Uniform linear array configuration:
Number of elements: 24
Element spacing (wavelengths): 0.75
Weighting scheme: blackman
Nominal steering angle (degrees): -45
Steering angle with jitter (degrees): -46.523
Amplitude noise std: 0.05
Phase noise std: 0.05

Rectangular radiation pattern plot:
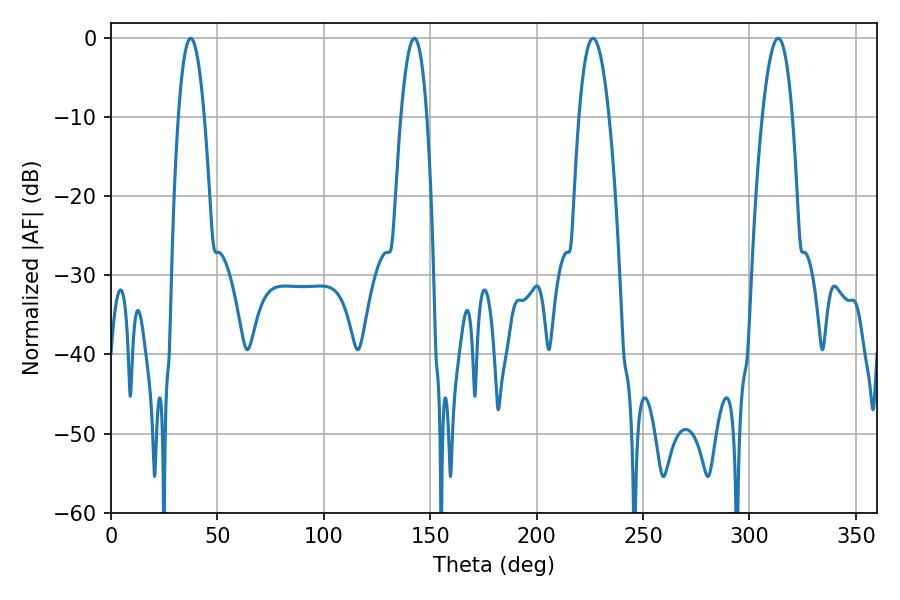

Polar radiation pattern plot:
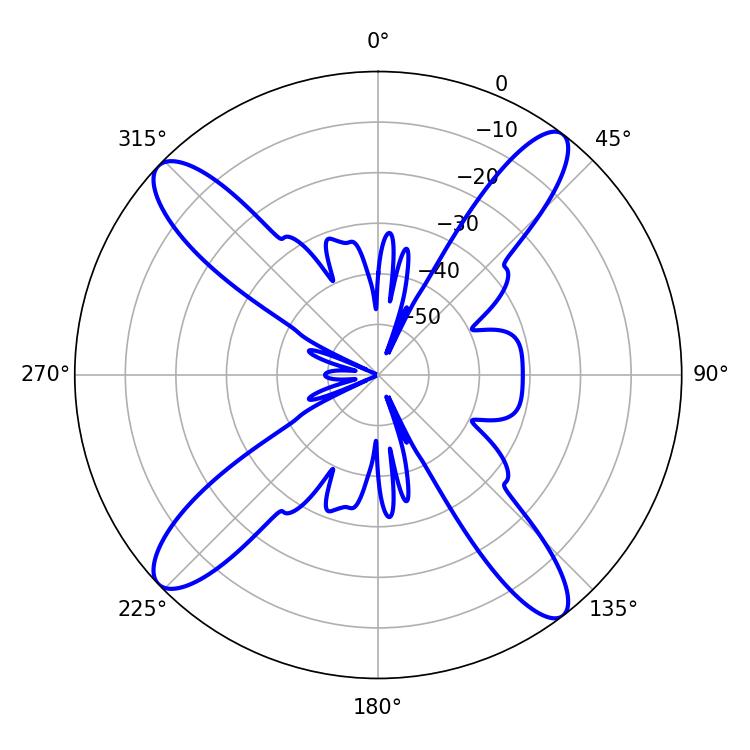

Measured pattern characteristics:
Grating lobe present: TRUE
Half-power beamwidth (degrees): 6.66
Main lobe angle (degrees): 37.44